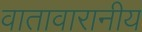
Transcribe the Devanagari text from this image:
वातावारानीय